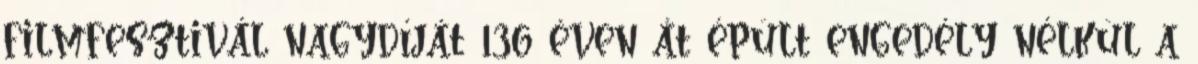
filmfesztivál nagydíját 136 éven át épült engedély nélkül a